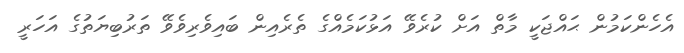
އެހެންކަމުން ޙައްޖަކީ މާތް އަށް ކުރެވޭ އަޅުކަމެއްގެ ތެރެއިން ބައިވެރިވެވޭ ތަރުބިޔަތުގެ އަހަރީ